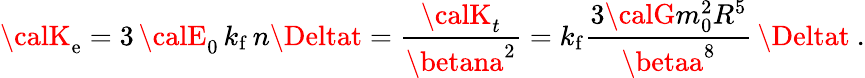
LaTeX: {\calK}_{\mathrm{e}}=3\, {\calE}_{0}\, k_{\mathrm{{f}}}\, n\Deltat=\frac{{{\calK}_{t}}}{{\betana^{2}}}=k_{\mathrm{{f}}}\frac{{3{\calG}m_{0}^{2}R^{5}}}{{\betaa^{8}}}\, \Deltat\ .